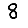
Digit: 8